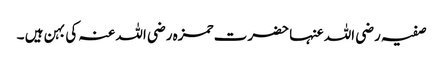
صفیہ رضی اللہ عنہا حضرت حمزہ رضی اللہ عنہ کی بہن ہیں ۔